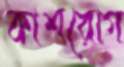
কাশরোগ